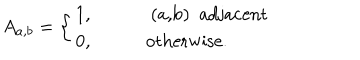
LaTeX: A _ { a , b } = \left\{ \begin{array} { l l } { { 1 , \qquad } } & { { \mathrm { ~ ( a , b ) ~ a d j a c e n t } } } \\ { { 0 , \qquad } } & { { \mathrm { o t h e r w i s e . } } } \\ \end{array} \right.